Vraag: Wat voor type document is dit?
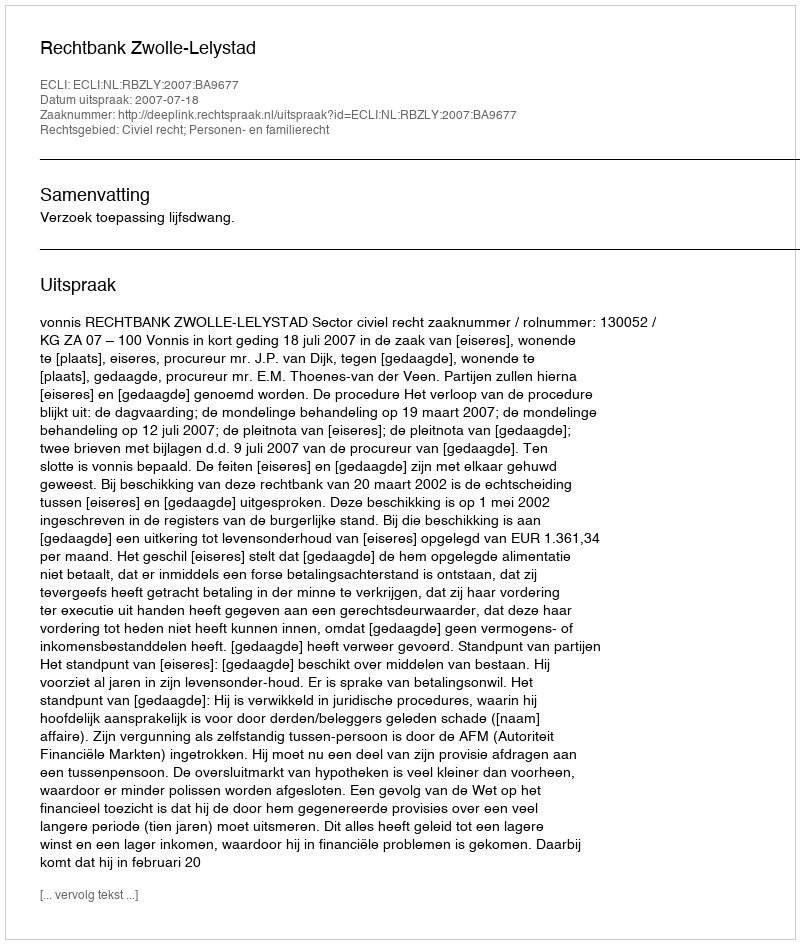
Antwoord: Uitspraak